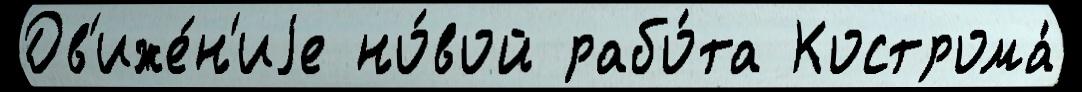
Дв'иже́н'иjе но́вой рабо́та Кострома́